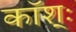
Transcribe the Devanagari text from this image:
कॉश्ः